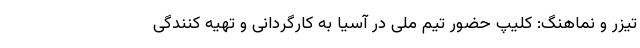
تیزر و نماهنگ: کلیپ حضور تیم ملی در آسیا به کارگردانی و تهیه کنندگی